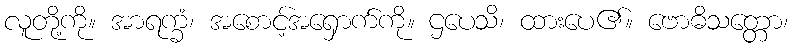
လူတို့ကို။ အာရက္ခံ၊ အစောင့်အရှောက်ကို။ ဌပေသိ၊ ထားပေ၏။ ဗောဓိသတ္တော၊